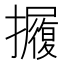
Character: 𱡋